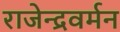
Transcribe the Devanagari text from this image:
राजेन्द्रवर्मन